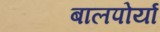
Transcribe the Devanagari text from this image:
बालपोर्या